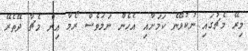
މިރޭ މެޗުގައި ނުކުޅޭނެ ކަމަށާއި އެހެން ނަމަވެސް ރޯމާ އިން މެޗާ ދޭތެރޭ